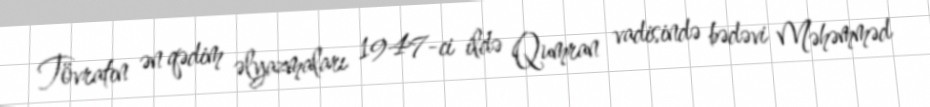
Tövratın ən qədim əlyazmaları 1947-ci ildə Qumran vadisində bədəvi Məhəmməd